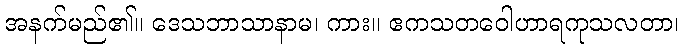
အနက်မည်၏။ ဒေသဘာသာနာမ၊ ကား။ ဧကသတဝေါဟာရကုသလတာ၊